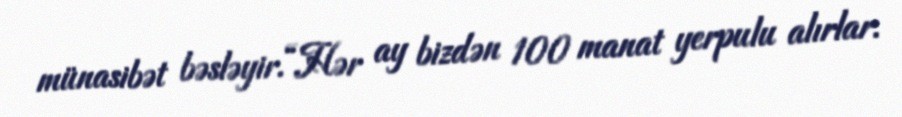
münasibət bəsləyir.“Hər ay bizdən 100 manat yerpulu alırlar.